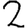
Digit: 2